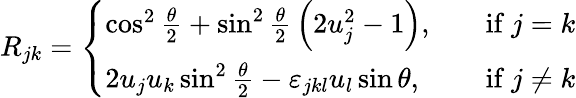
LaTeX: R_{jk}={\left\{ \begin{array}{ll}{\cos^{2}{\frac{\theta}{2}}+\sin^{2}{\frac{\theta}{2}}\left(2u_{j}^{2}-1\right),\quad}&{{\mathrm{if~}}j=k}\\ {2u_{j}u_{k}\sin^{2}{\frac{\theta}{2}}-\varepsilon_{jkl}u_{l}\sin\theta,\quad}&{{\mathrm{if~}}j\neq k}\end{array}\right.}